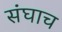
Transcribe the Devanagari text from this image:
संघाच